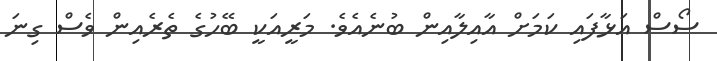
ސޯސް އަޅާފައި ކަމަށް އާއިލާއިން ބުނެއެވެ. މަރީއަކީ ބޭހުގެ ތެރެއިން ވެސް ގިނަ